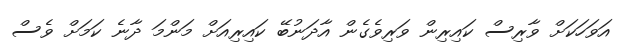
އަވަހަކަށް ވާރިސް ކައިރިން ވަރިވެގެން އާދަނުބޭ ކައިރިއަށް މަންމަ ދާނެ ކަމަށް ވެސް